Civil Veterinary Department Bengal reports 1933-51 - 1933-1951
Year: 1933
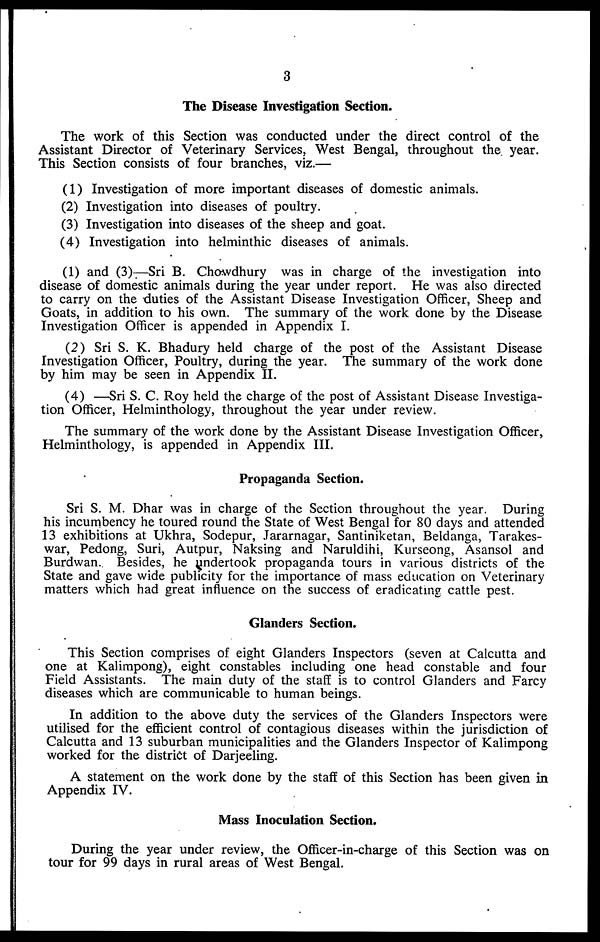
3
The Disease Investigation Section.
The work of this Section was conducted under the direct control of the
Assistant Director of Veterinary Services, West Bengal, throughout the year.
This Section consists of four branches, viz.—
(1) Investigation of more important diseases of domestic animals.
(2) Investigation into diseases of poultry.
(3) Investigation into diseases of the sheep and goat.
(4) Investigation into helminthic diseases of animals.
(1) and (3)—Sri B. Chowdhury was in charge of the investigation into
disease of domestic animals during the year under report. He was also directed
to carry on the duties of the Assistant Disease Investigation Officer, Sheep and
Goats, in addition to his own. The summary of the work done by the Disease
Investigation Officer is appended in Appendix I.
(2) Sri S. K. Bhadury held charge of the post of the Assistant Disease
Investigation Officer, Poultry, during the year. The summary of the work done
by him may be seen in Appendix II.
(4) —Sri S. C. Roy held the charge of the post of Assistant Disease Investiga-
tion Officer, Helminthology, throughout the year under review.
The summary of the work done by the Assistant Disease Investigation Officer,
Helminthology, is appended in Appendix III.
Propaganda Section.
Sri S. M. Dhar was in charge of the Section throughout the year. During
his incumbency he toured round the State of West Bengal for 80 days and attended
13 exhibitions at Ukhra, Sodepur, Jararnagar, Santiniketan, Beldanga, Tarakes-
war, Pedong, Suri, Autpur, Naksing and Naruldihi, Kurseong, Asansol and
Burdwan. Besides, he undertook propaganda tours in various districts of the
State and gave wide publicity for the importance of mass education on Veterinary
matters which had great influence on the success of eradicating cattle pest.
Glanders Section.
This Section comprises of eight Glanders Inspectors (seven at Calcutta and
one at Kalimpong), eight constables including one head constable and four
Field Assistants. The main duty of the staff is to control Glanders and Farcy
diseases which are communicable to human beings.
In addition to the above duty the services of the Glanders Inspectors were
utilised for the efficient control of contagious diseases within the jurisdiction of
Calcutta and 13 suburban municipalities and the Glanders Inspector of Kalimpong
worked for the district of Darjeeling.
A statement on the work done by the staff of this Section has been given in
Appendix IV.
Mass Inoculation Section.
During the year under review, the Officer-in-charge of this Section was on
tour for 99 days in rural areas of West Bengal.